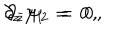
\partial _ { z } \, \psi _ { 1 } \; = \; 0 \, , \hspace { 2 c m } \partial _ { \bar { z } } \, \psi _ { 2 } \; = \; 0 \, ,